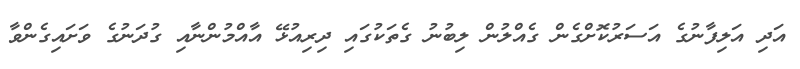
އަދި އަލިފާނުގެ އަސަރުކޮށްގެން ގެއްލުން ލިބުނު ގެތަކުގައި ދިރިއުޅޭ އާއްމުންނާއި ގުދަނުގެ ވަށައިގެންވާ